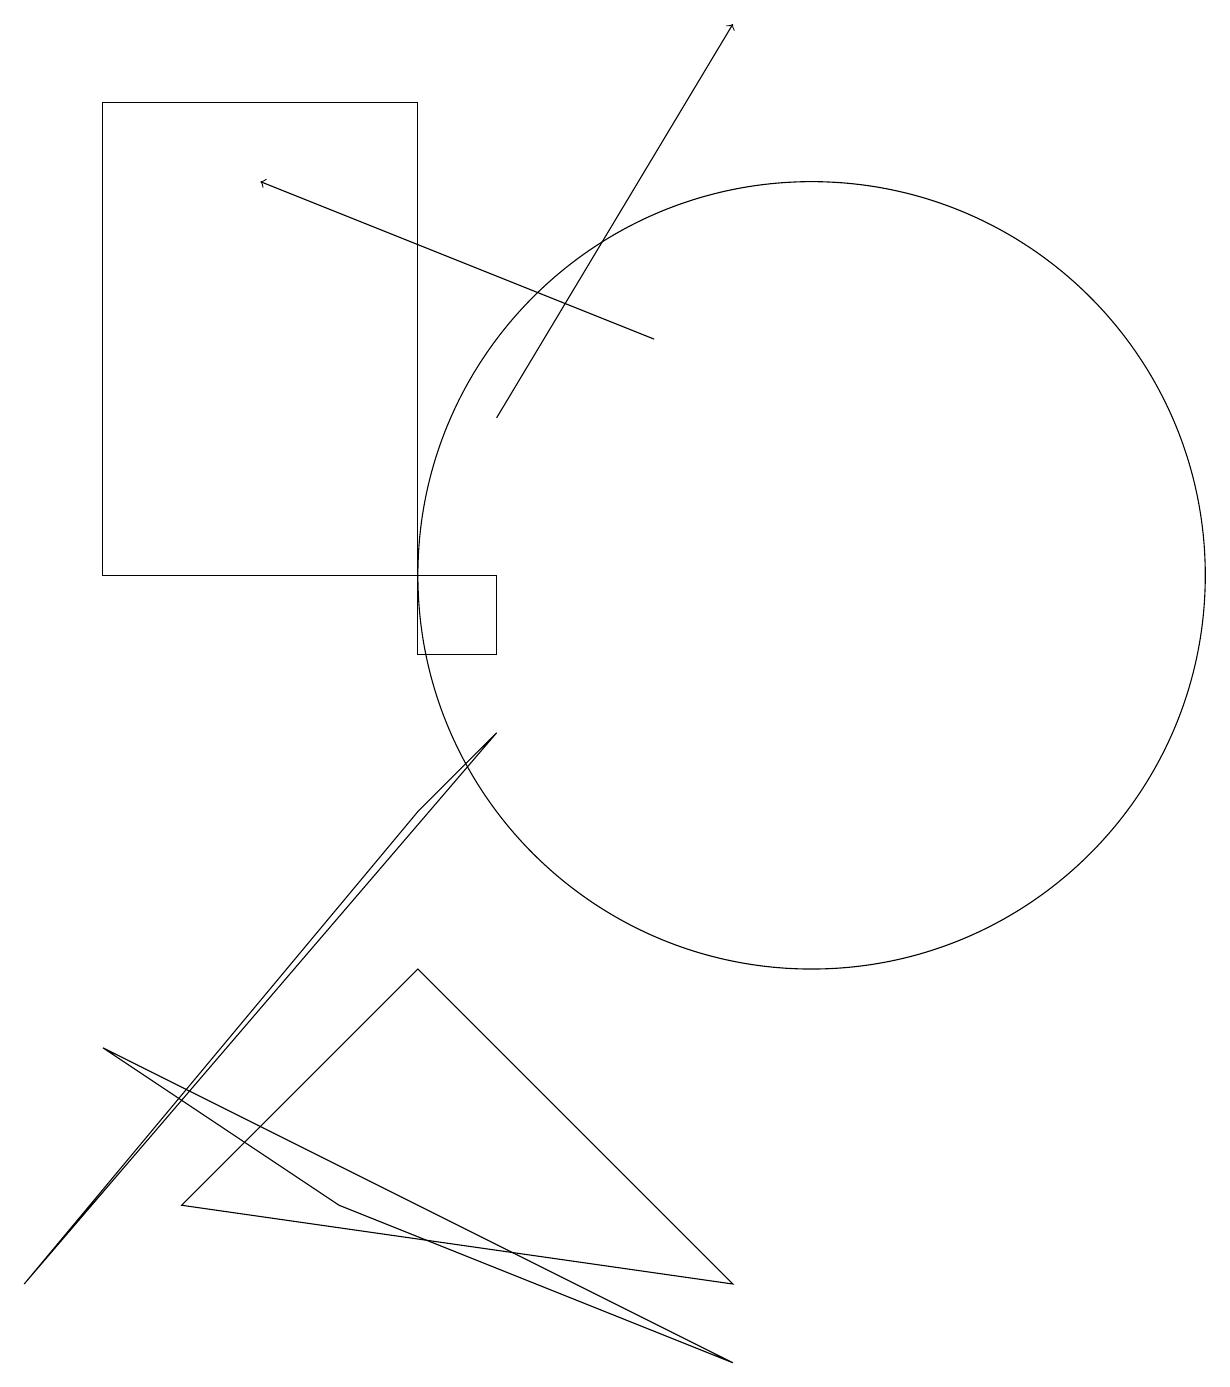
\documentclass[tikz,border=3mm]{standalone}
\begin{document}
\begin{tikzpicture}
\draw[->] (6,13) -- (9,18);
\draw[->] (8,14) -- (3,16);
\draw (4,3) -- (1,5) -- (9,1) -- cycle;
\draw (5,17) rectangle (1,11);
\draw (5,6) -- (2,3) -- (9,2) -- cycle;
\draw (6,11) rectangle (5,10);
\draw (6,9) -- (0,2) -- (5,8) -- cycle;
\draw (10,11) circle (5);
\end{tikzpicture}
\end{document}